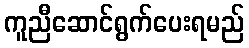
ကူညီဆောင်ရွက်ပေးရမည်